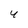
Character: 4